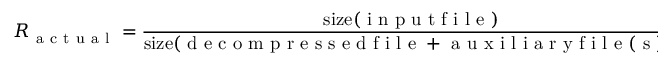
R _ { \mathrm { ~ a ~ c ~ t ~ u ~ a ~ l ~ } } = \frac { \mathrm { s i z e } ( \mathrm { ~ i ~ n ~ p ~ u ~ t ~ f ~ i ~ l ~ e ~ } ) } { \mathrm { s i z e } ( \mathrm { ~ d ~ e ~ c ~ o ~ m ~ p ~ r ~ e ~ s ~ s ~ e ~ d ~ f ~ i ~ l ~ e ~ } + \mathrm { ~ a ~ u ~ x ~ i ~ l ~ i ~ a ~ r ~ y ~ f ~ i ~ l ~ e ~ ( ~ s ~ ) ~ } ) }